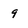
Character: 9